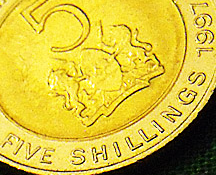
FIVE SHILLINGS 1991